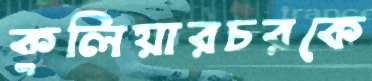
কুলিয়ারচরকে